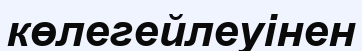
көлегейлеуінен